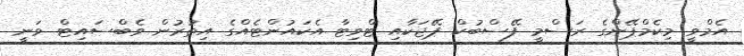
އެމްވީ މިކެމްޕޭންގެ ރަސްމީ ފޭސްބުކް ޕޭޖަކާއި ޓްވިޓާ އެކައުންޓެއްގެ އިތުރުން ވެބްސައިޓް ވަނީ